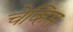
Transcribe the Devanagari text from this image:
चेव्हिस